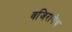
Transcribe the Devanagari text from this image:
वजिरानेच